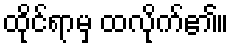
ထိုင်ရာမှ ထလိုက်၏။